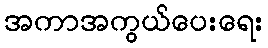
အကာအကွယ်ပေးရေး